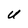
Character: U